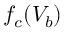
f _ { c } ( V _ { b } )